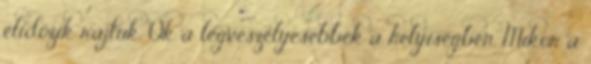
elidőzik rajtuk. Ők a legveszélyesebbek a helyiségben. Mikor a